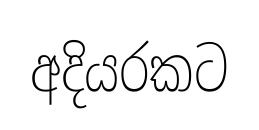
අදියරකට